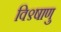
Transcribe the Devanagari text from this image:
वि९षाणु